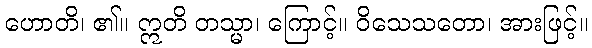
ဟောတိ၊ ၏။ ဣတိ တသ္မာ၊ ကြောင့်။ ဝိသေသတော၊ အားဖြင့်။